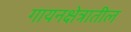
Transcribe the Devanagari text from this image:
गायनक्षेत्रातील